Newspaper: The Nashville daily union. [volume]
Place of publication: Nashville, Tenn.
Publisher: Published by an Association of Printers
Date: 1865-12-07 00:00:00
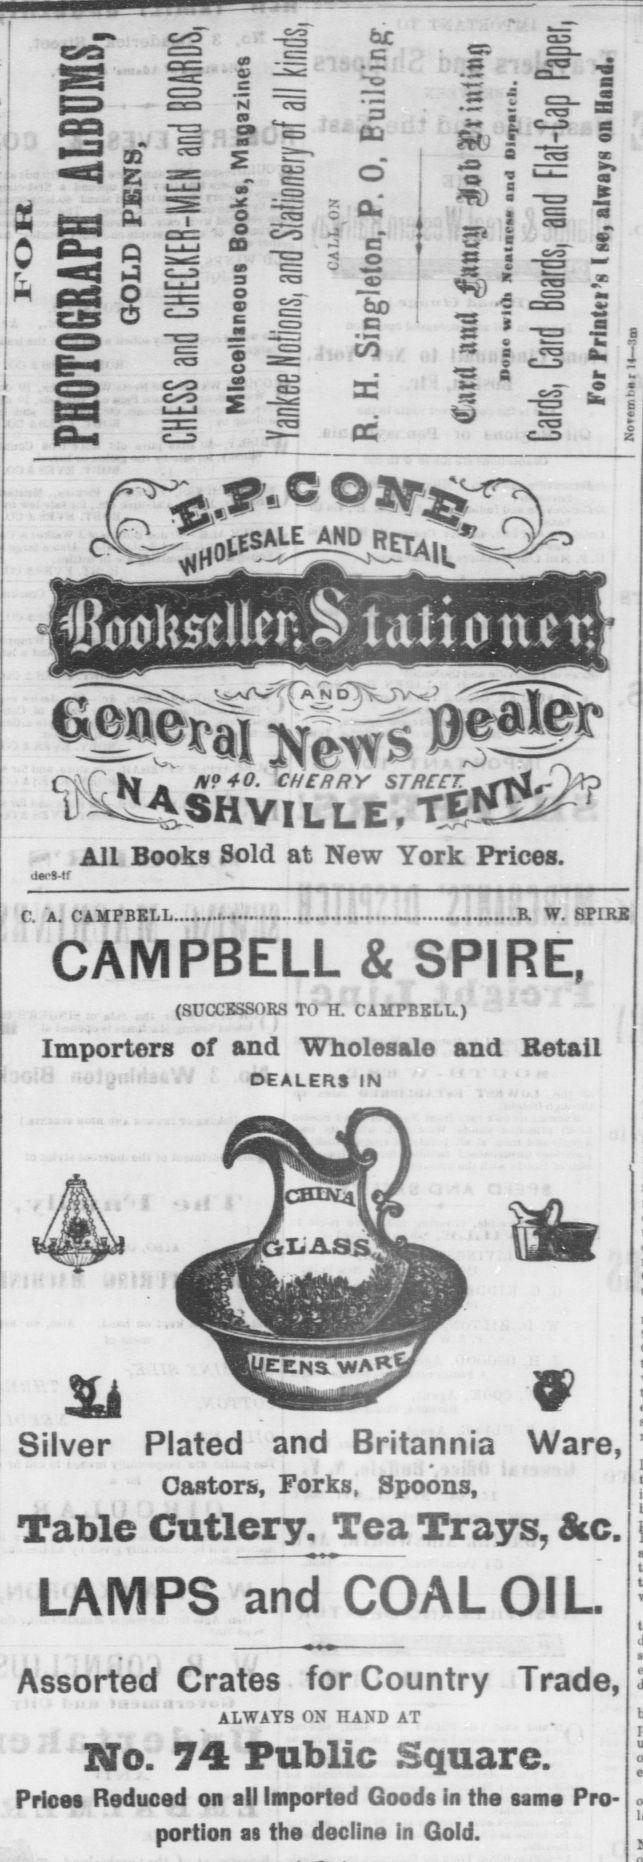
Advertisement text (OCR):
co C to at S3 53 W U Q O o o o a as 3 O O cq H o ay cu Cv ai-s. wsa ' V r Kl M9 40. CHERRY STREET -SX? kS4SHVlLLE, TEjfl All Books Sold at New York Prices. C. A. CAMPBELL CAMPBELL & SPIRE, (SUCCESSORS TO 11. CAHPBELL.) Importers of and Wholes alo and Retail DEALERS IN Silver Plated and Castors, Forks, Spoons, Tabic Cutlery, LAMPS and Assorted Crates ' ALWAYS ON HAND AT No. 7 Public Square. Prices Reduced on all Imported Goods in the same Pro portion as the CO Z3 E o Od' c o i ra OE es "3 o S3 ca fcJO C3 5 -a CO km u 9 5. J r ..R W. SPIRE Britannia Ware, Tea Trays, &c. COAL OIL for Country Trade, decline in Gold. W2
Label: illustrations